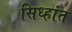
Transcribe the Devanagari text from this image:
सिध्हांत